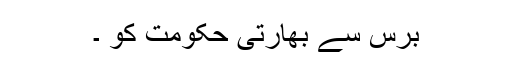
برس سے بھارتی حکومت کو ۔